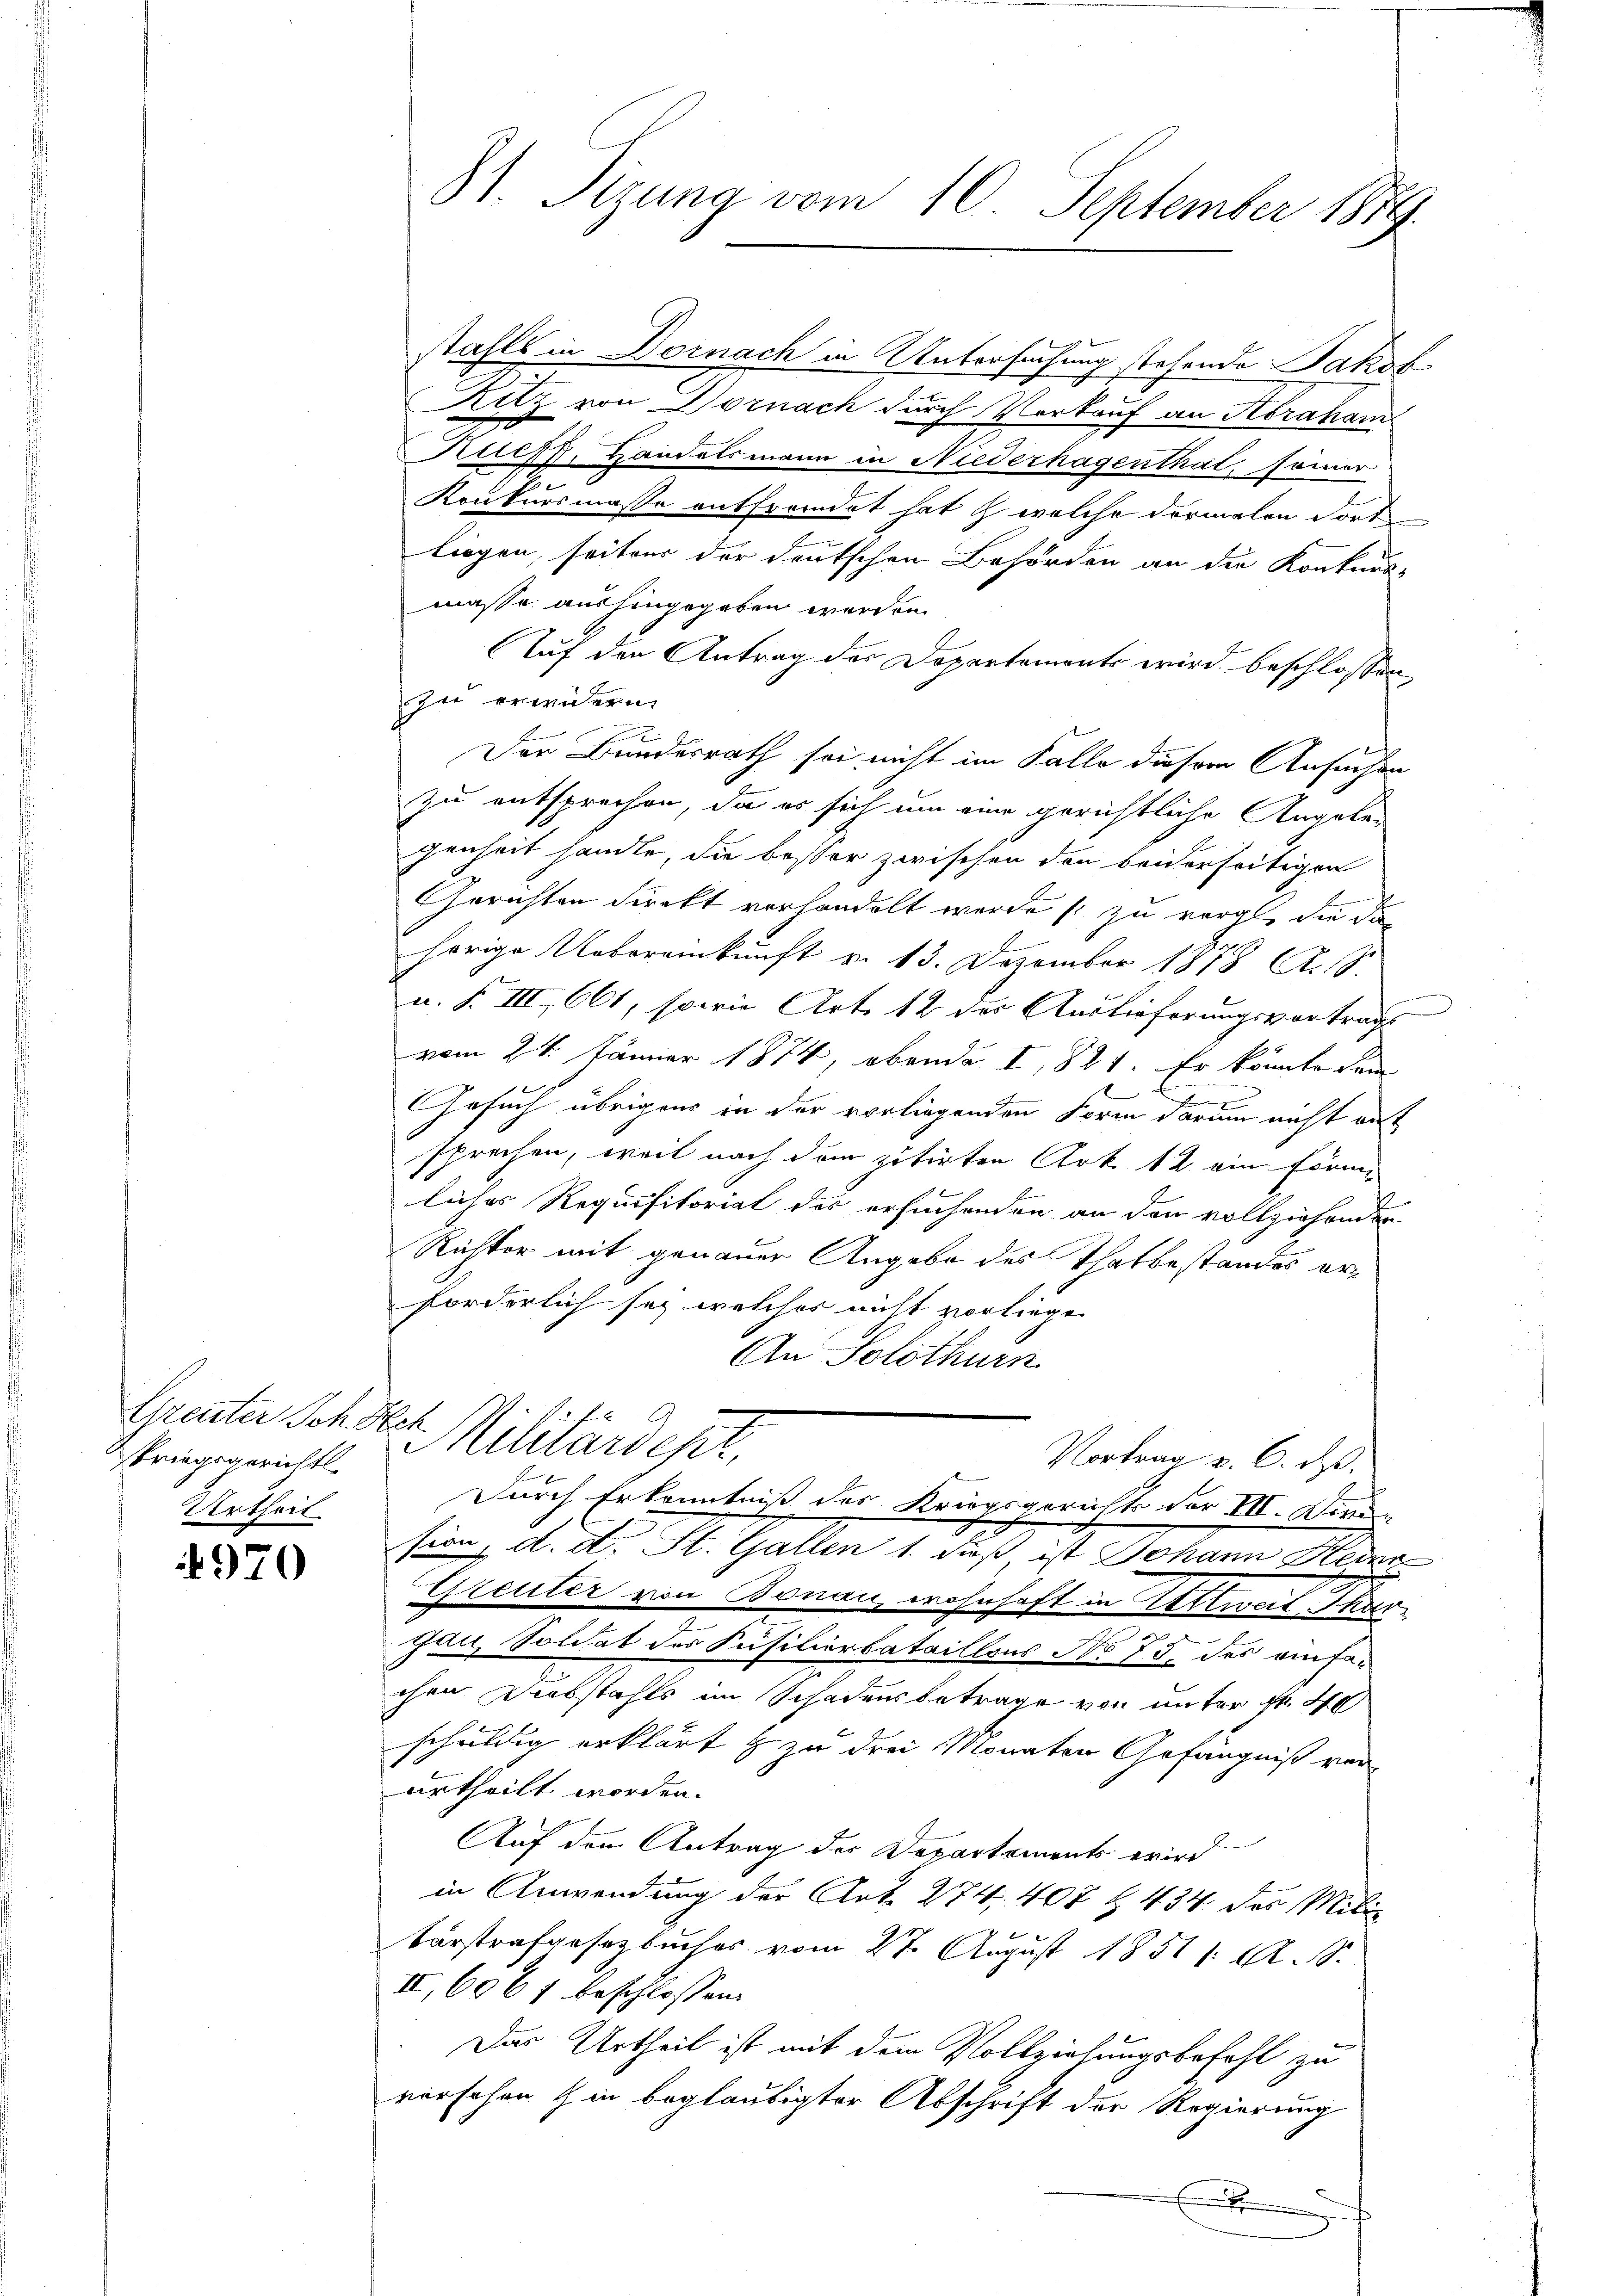
Grenter Joh. Rech
kriegsgerichts
Urtheil

4970

81. Sizung vom 10. September 1889.

stahls in Dornach in Untersuchung stehende Jakob
Ritz von Dornach durch Vorkauf an Horakan
uch, Handelsmann in Niederhagenthal, seiner
2
Konkursmasse entfremdet hat & welche dermalen dort
liegen, seitens der deutschen Behörden an die Konkurs-
masse aushingegeben werden.
Auf den Antrag des Departemente wird beschlossen,
zu erwidern.
Der Bundesrath sei nicht im Falle diesem Ansuchen
zu entsprechen, da es sich um eine gerichtliche Angeben
genheit handle, die besser zwischen den beiderseitigen
Gerichten direkt vorhandelt werde zu vorge, die da
hörige Uebereinkunft v. 13. Dezember 1878 Al. 18.
u. F. III, 661, sowie Art. 12 des Auslieferungsvortrags
vom 24. Januar 1874, obenda I, 821. Er könnte dam
Gesuch übrigens in der vorliegenden Form darum nicht mit
sprechen, weil nach dem zitirten Art. 12 ein Förmliches Requisitoriat des ersuchenden an den vollziehenden
Richter mit genauer Angabe des Thatbestandes erforderlich sey welcher nicht vorliege
An Solothurn
Militärdept,
Vortrag v. 6. ds.
Durch Erkenntniß des Kriegsgerichts der III. Diene
sing, d. M. St. Gallen 1. daß des Johann Herr
Greuter von Bonau, wohnhaft in Verweit Thurgau, Soldat des Füsilierbataillons No 75. des einfachen Diebstahls im Schadensbetrage von unter fl. 40
schuldig erklärt & zu drei Monaten Gefängniß verurtheilt worden.
Auf dem Antrag der Departements wird
in Anwendung der Art. 274. 407 f. 434 des Mili
Vorstrafgesetzbuches vom 27. August 1851 /: A. S.
II, 606 f beschlossen:
Das Urtheil ist mit dem Vollziehungsbefehl zu
vorschen in beglaubigter Abschrift der Regierung
E

n